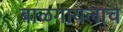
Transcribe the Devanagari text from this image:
बाळगायलाच